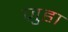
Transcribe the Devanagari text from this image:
ज़ुहा